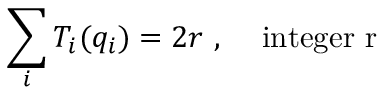
\sum _ { i } T _ { i } ( q _ { i } ) = 2 r \, \, , \, \, \, \, \, \, \, \mathrm { i n t e g e r ~ r }